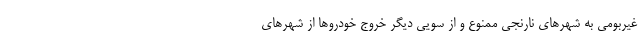
غیربومی به شهرهای نارنجی ممنوع و از سویی دیگر خروج خودروها از شهرهای